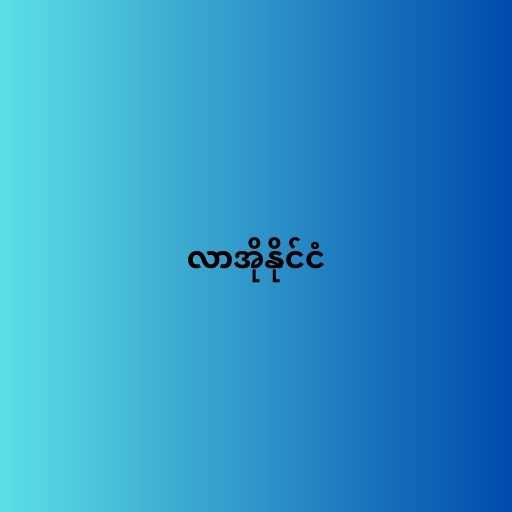
လာအိုနိုင်ငံ